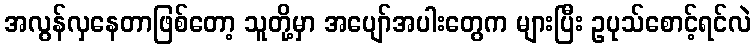
အလွန်လှနေတာဖြစ်တော့ သူတို့မှာ အပျော်အပါးတွေက များပြီး ဥပုသ်စောင့်ရင်လဲ